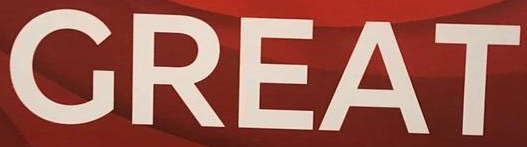
GREAT